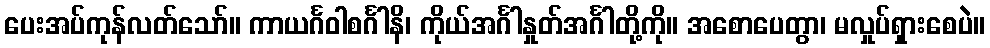
ပေးအပ်ကုန်လတ်သော်။ ကာယင်္ဂဝါစင်္ဂါနိ၊ ကိုယ်အင်္ဂါနှုတ်အင်္ဂါတို့ကို။ အစောပေတွာ၊ မလှုပ်ရှားစေပဲ။